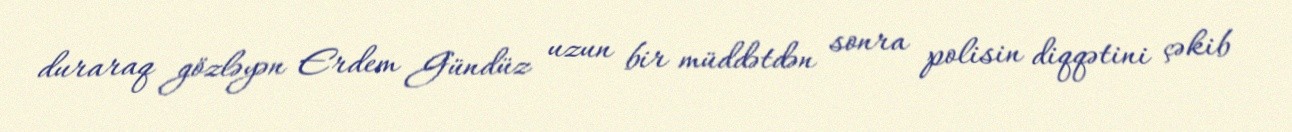
duraraq gözləyən Erdem Gündüz uzun bir müddətdən sonra polisin diqqətini çəkib